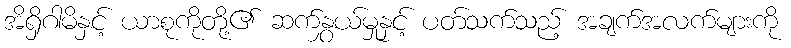
အိရှိဂါမိနှင့် ယာစုကိုတို့၏ ဆက်နွှယ်မှုနှင့် ပတ်သက်သည့် အချက်အလက်များကို